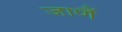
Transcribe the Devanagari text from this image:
जाणैं